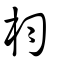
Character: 枃